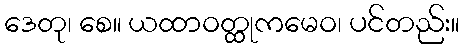
ဒေတု၊ စေ။ ယထာဝတ္ထုကမေဝ၊ ပင်တည်း။